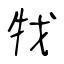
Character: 牫